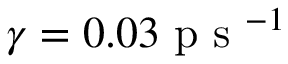
\gamma = 0 . 0 3 \mathrm { ~ p ~ s ~ } ^ { - 1 }